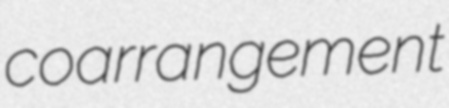
coarrangement